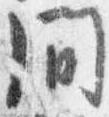
間